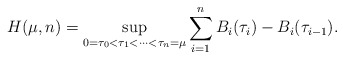
\begin{align*}H(\mu,n)=\sup_{0=\tau_0<\tau_1<\dots<\tau_n=\mu}\sum_{i=1}^nB_i(\tau_i)-B_i(\tau_{i-1}).\end{align*}